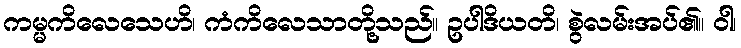
ကမ္မကိလေသေဟိ၊ ကံကိလေသာတို့သည်။ ဥပါဒိယတိ၊ စွဲလမ်းအပ်၏။ ဝါ၊